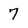
Character: 7